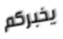
يخبركم